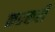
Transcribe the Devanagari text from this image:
कठकरी